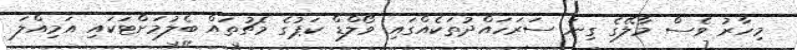
މިހާރު ވެސް މާލޭގެ ގިނަ ސަރަހައްދުތަކެއްގައި ވޯލްޑް ކަޕުގެ މެޗުތައް ބެލުމަށްޓަކައި އަމިއްލަ